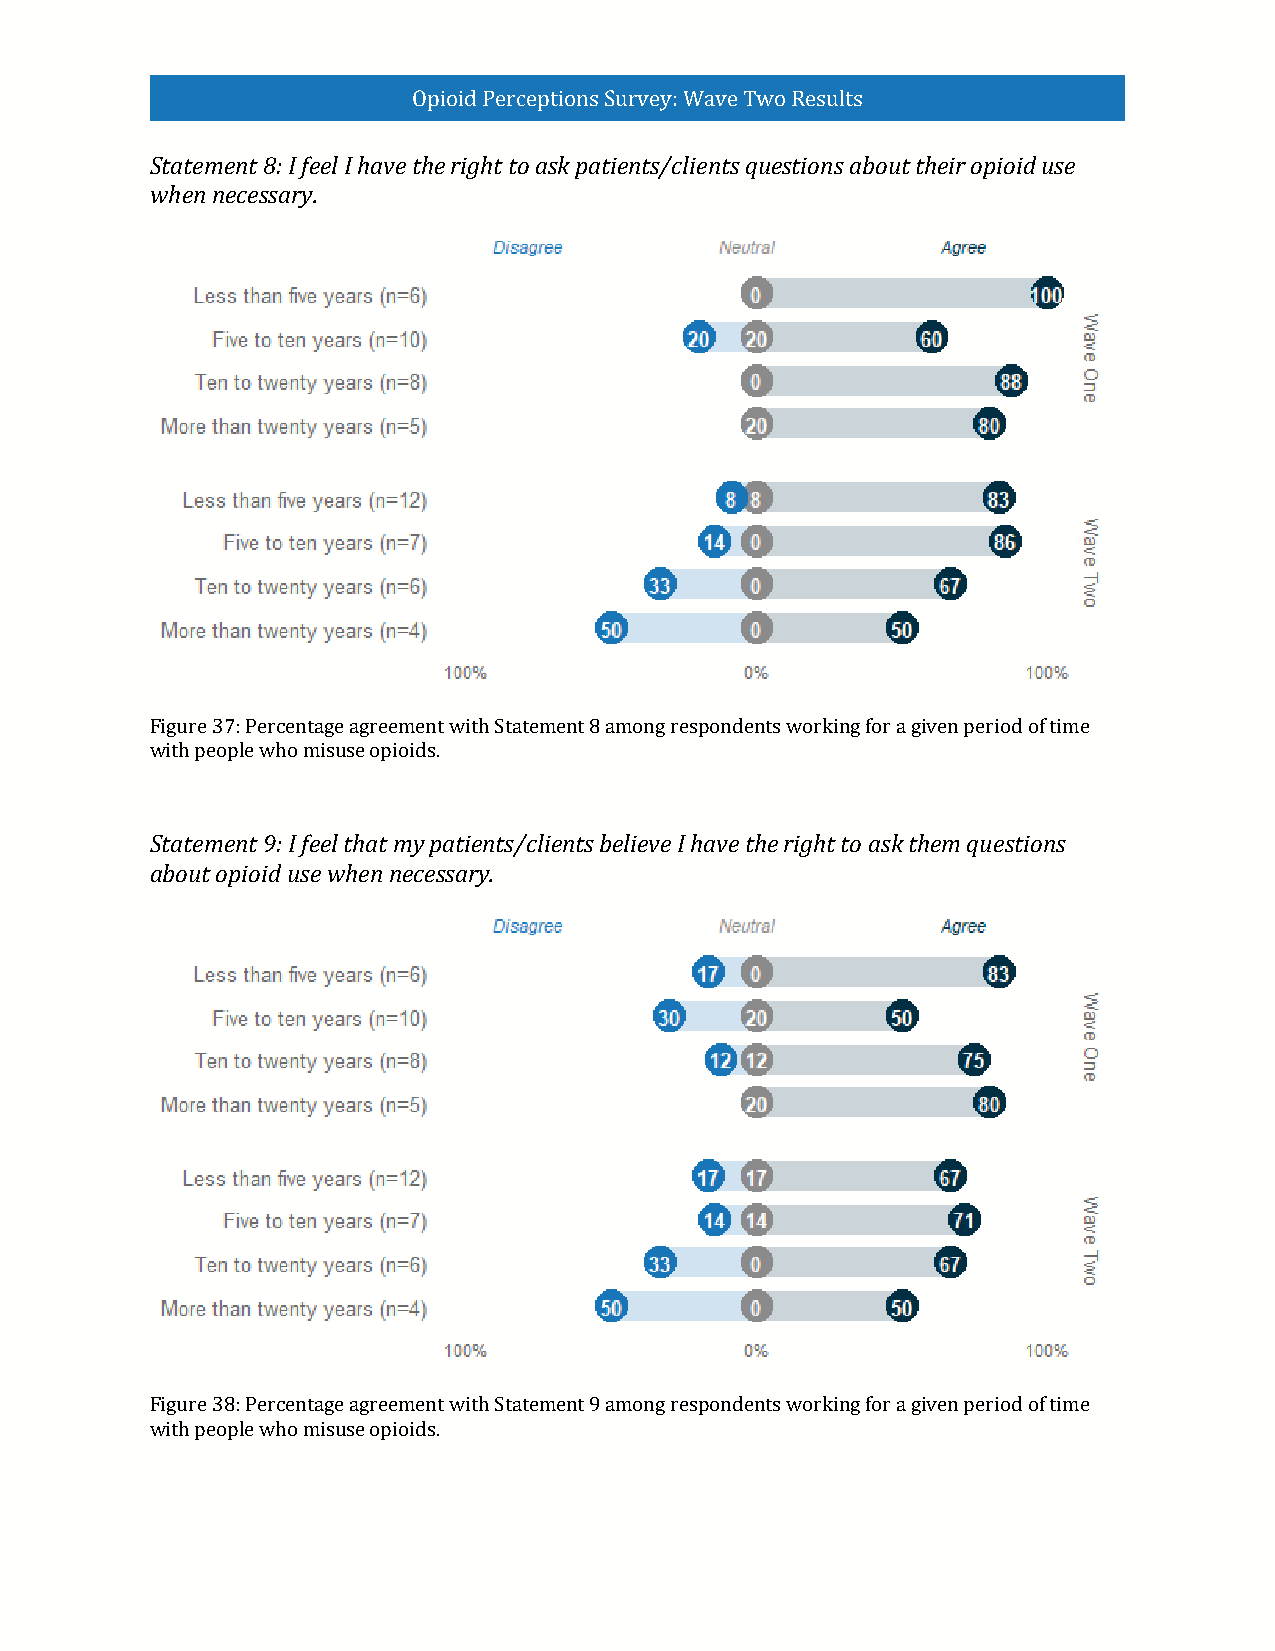
Opioid Perceptions Survey: Wave Two Results
 Statement 8: I feel I have the right to ask patients/clients questions about their opioid use
 when necessary.
 Figure 37: Percentage agreement with Statement 8 among respondents working for a given period of time
 with people who misuse opioids.
 Statement 9: I feel that my patients/clients believe I have the right to ask them questions
 about opioid use when necessary.
 Figure 38: Percentage agreement with Statement 9 among respondents working for a given period of time
 with people who misuse opioids.